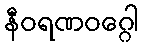
နီဝရဏဝဂ္ဂေါ